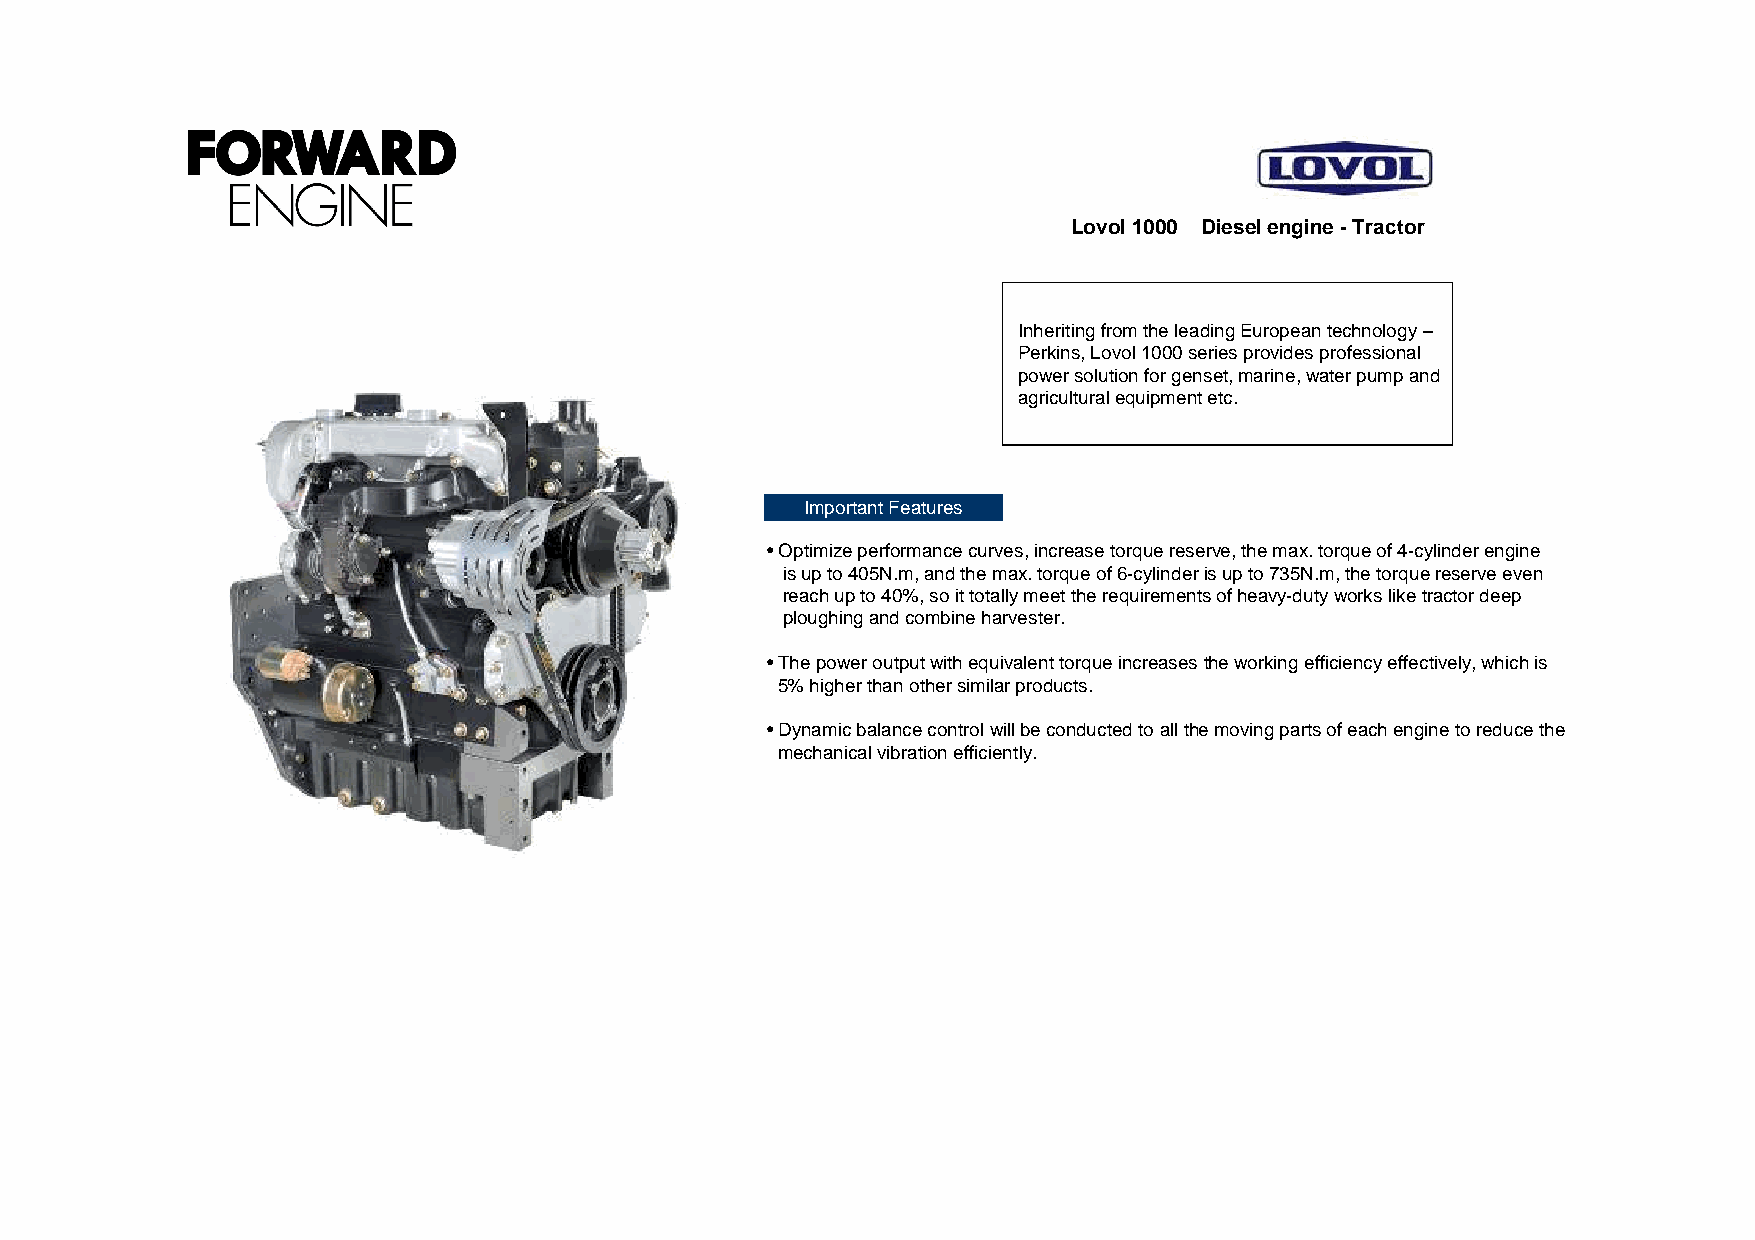
Lovol1000 Diesel engine -Tractor
 Inheriting from the leading European technology –
 Perkins, Lovol1000 series provides professional
 power solution for genset, marine, water pump and
 agricultural equipment etc.
 Important Features
 •Optimize performance curves, increase torque reserve, the max. torque of 4-cylinder engine
 is up to 405N.m, and the max. torque of 6-cylinder is up to 735N.m, the torque reserve even
 reach up to 40%, so it totally meet the requirements of heavy-duty works like tractor deep
 ploughingand combine harvester.
 •The power output with equivalent torque increases the working efficiency effectively, which is
 5% higher than other similar products.
 •Dynamic balance control will be conducted to all the moving parts of each engine to reduce the
 mechanical vibration efficiently.